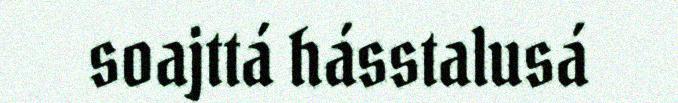
soajttá hásstalusá